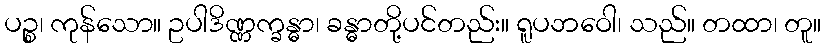
ပဉ္စ၊ ကုန်သော။ ဥပါဒိဏ္ဏက္ခန္ဓာ၊ ခန္ဓာတို့ပင်တည်း။ ရူပဘဝေါ၊ သည်။ တထာ၊ တူ။